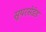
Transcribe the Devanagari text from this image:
सुपरसेडेड